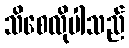
သိစေလိုပါသည်